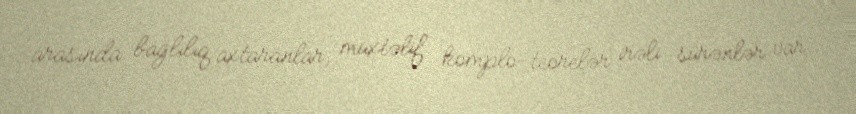
arasında bağlılıq axtaranlar, müxtəlif komplo-teorelər irəli sürənlər var.